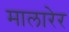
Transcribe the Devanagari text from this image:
मालारेर